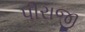
પીરાજી